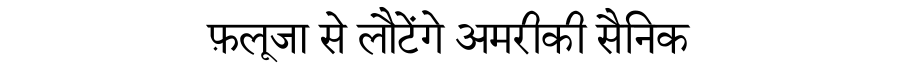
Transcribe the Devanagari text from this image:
फ़लूजा से लौटेंगे अमरीकी सैनिक